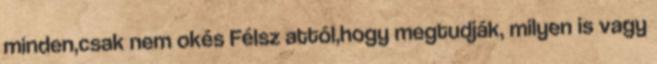
minden,csak nem okés Félsz attól,hogy megtudják, milyen is vagy